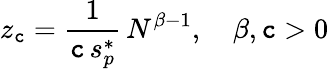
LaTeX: z_{\mathtt{c}}=\frac{{1}}{{\mathtt{c}\, s_{p}^{*}}}\, N^{\beta-1},\quad\beta,\mathtt{c}>0